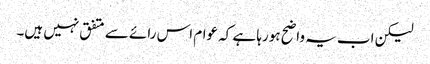
لیکن اب یہ واضح ہورہا ہے کہ عوام اس رائے سے متفق نہیں ہیں۔